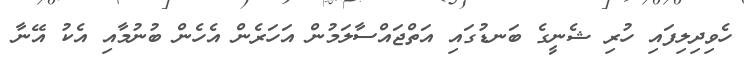
ހެވިދިލިފައި ހުރި ޝެނީގެ ބަނޑުގައި އަތްޖައްސާލަމުން އަހަރެން އެހެން ބުނުމާއި އެކު އޭނާ